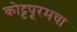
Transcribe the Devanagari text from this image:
कोट्टपूरमचा